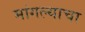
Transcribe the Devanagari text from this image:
मांगल्याचा